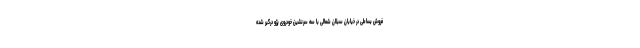
فروش بساطی در خیابان سبلان شمالی با سه سرنشین خودروی پژو درگیر شده